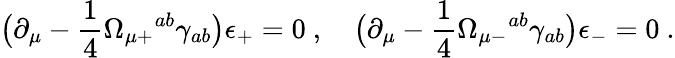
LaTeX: \bigl(\partial_{\mu}-{\frac{1}{4}}\Omega_{\mu+}{}^{ab}\gamma_{ab}\bigr)\epsilon_{+}=0\ ,\quad\bigl(\partial_{\mu}-{\frac{1}{4}}\Omega_{\mu-}{}^{ab}\gamma_{ab}\bigr)\epsilon_{-}=0\ .